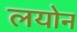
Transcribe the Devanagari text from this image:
लयोन